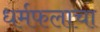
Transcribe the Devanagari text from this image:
धर्मफलाचा